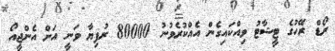
ރޯޑް ރޭހުގެ ޓީޝާޓު ވިއްކައިގެން އެއްކުރެވުނު 80000 ރުފިޔާ ވަނީ އަށް އެންޖީއޯ